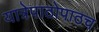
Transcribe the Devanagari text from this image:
यात्रेपाठोपाठच